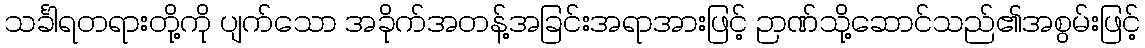
သင်္ခါရတရားတို့ကို ပျက်သော အခိုက်အတန့်အခြင်းအရာအားဖြင့် ဉာဏ်သို့ဆောင်သည်၏အစွမ်းဖြင့်